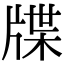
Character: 牒